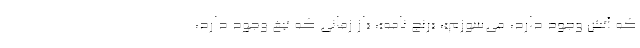
که آتش وجود دارد، می‌سوزم»، «رنج نامه»، «از زمانی که تیغ وجود دارد،